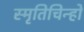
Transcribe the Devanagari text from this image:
स्मृतिचिन्हों